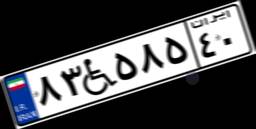
۸۳W۵۸۵۴۰